Scottish Leaving Certificate Examination, 1954
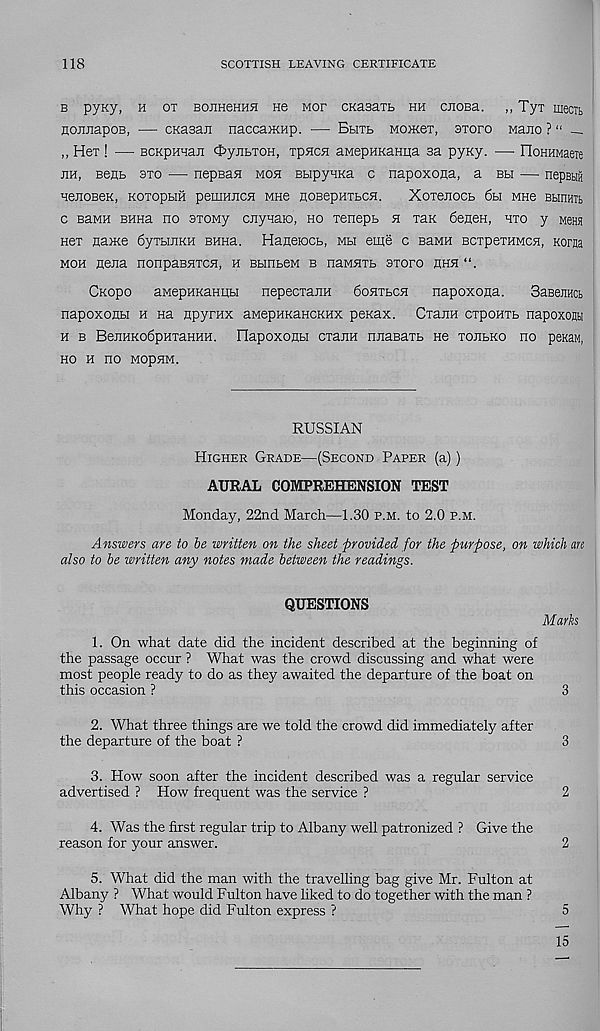
118
SCOTTISH LEAVING CERTIFICATE
b pyKy, h ot BOJineHHH He mof CKasaTb hh ciiOBa. „ Ty? inecn
HoiiJiapoB, — CKasaii naccaiKHp. — Bhtb MoiKeT, axoro waiio ? “ —
,, Hex ! — BCKpunaii OyiibxoH, xpncsi aMepHRanna sa pyny. ■—• FIoKHMaeie
jih, Bent sxo — nepBan moh BbipyHKa c napoxona, a bh — nepBti
veiioBeK, KoxoptiH pemmicH MHe nosepHXBCH.
Xoxenocb 6bi mhg Bbinnit
c BaMH BHHa no axoMy ciiyHaio, ho xenept h xan 6eHeH, hxo y Mem
Hex name 6yxt>mKH BHHa. HaneiocB, mh eme c BaMH BcxpexHMcn, Korna
moh Hena nonpaBHxen, h BLinbeM b naMHxt axoro hhh
CKopo aMepHRaniiBi nepecxanH 6ohxbch napoxona.
SasenHci
napoxonbi h na npyrax aMepHKancKHX penax. CxaiiH cxpoHXB napoxonn
h b BejiHKo6pHxaHHH. IlapoxoHH cxaiiH nnaBaxt ne xoebko no pexaM,
HO H no MOpHM.
RUSSIAN
Higher Grade—(Second Paper (a))
AURAL COMPREHENSION TEST
Monday, 22nd March—1.30 p.m. to 2.0 p.m.
Answers are to be written on the sheet provided for the purpose, on which an
also to be written any notes made between the readings.
QUESTIONS
Marks
1. On what date did the incident described at the beginning of
the passage occur ? What was the crowd discussing and what were
most people ready to do as they awaited the departure of the boat on
this occasion ?
3
2. What three things are we told the crowd did immediately after
the departure of the boat ?
3
3. How soon after the incident described was a regular service
advertised ? How frequent was the service ?
2
4. Was the first regular trip to Albany well patronized ? Give the
reason for your answer.
2
5. What did the man with the travelling bag give Mr. Fulton at
Albany ? What would Fulton have liked to do together with the man ?
Why ? What hope did Fulton express ?
5
15